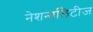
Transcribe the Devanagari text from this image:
नेशनालिटीज